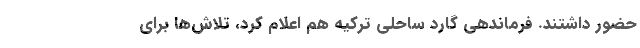
حضور داشتند. فرماندهی گارد ساحلی ترکیه هم اعلام کرد، تلاش‌ها برای